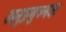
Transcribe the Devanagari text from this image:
अनुप्रयुज्यता